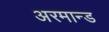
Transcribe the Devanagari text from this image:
अरमान्ड